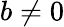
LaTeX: b\ne 0